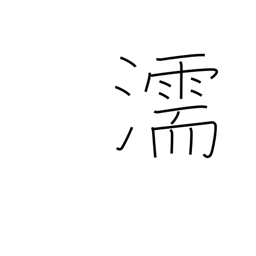
Meaning: damp